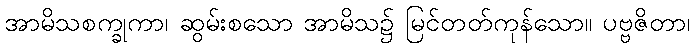
အာမိသစက္ခုကာ၊ ဆွမ်းစသော အာမိသ၌ မြင်တတ်ကုန်သော။ ပဗ္ဗဇိတာ၊